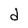
Character: d